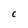
Character: C